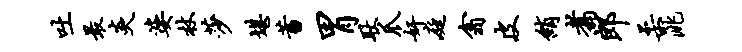
吐最炎婆杖莎堪蓄胃耿爪奸庭翕皮绡翥郎柔洮